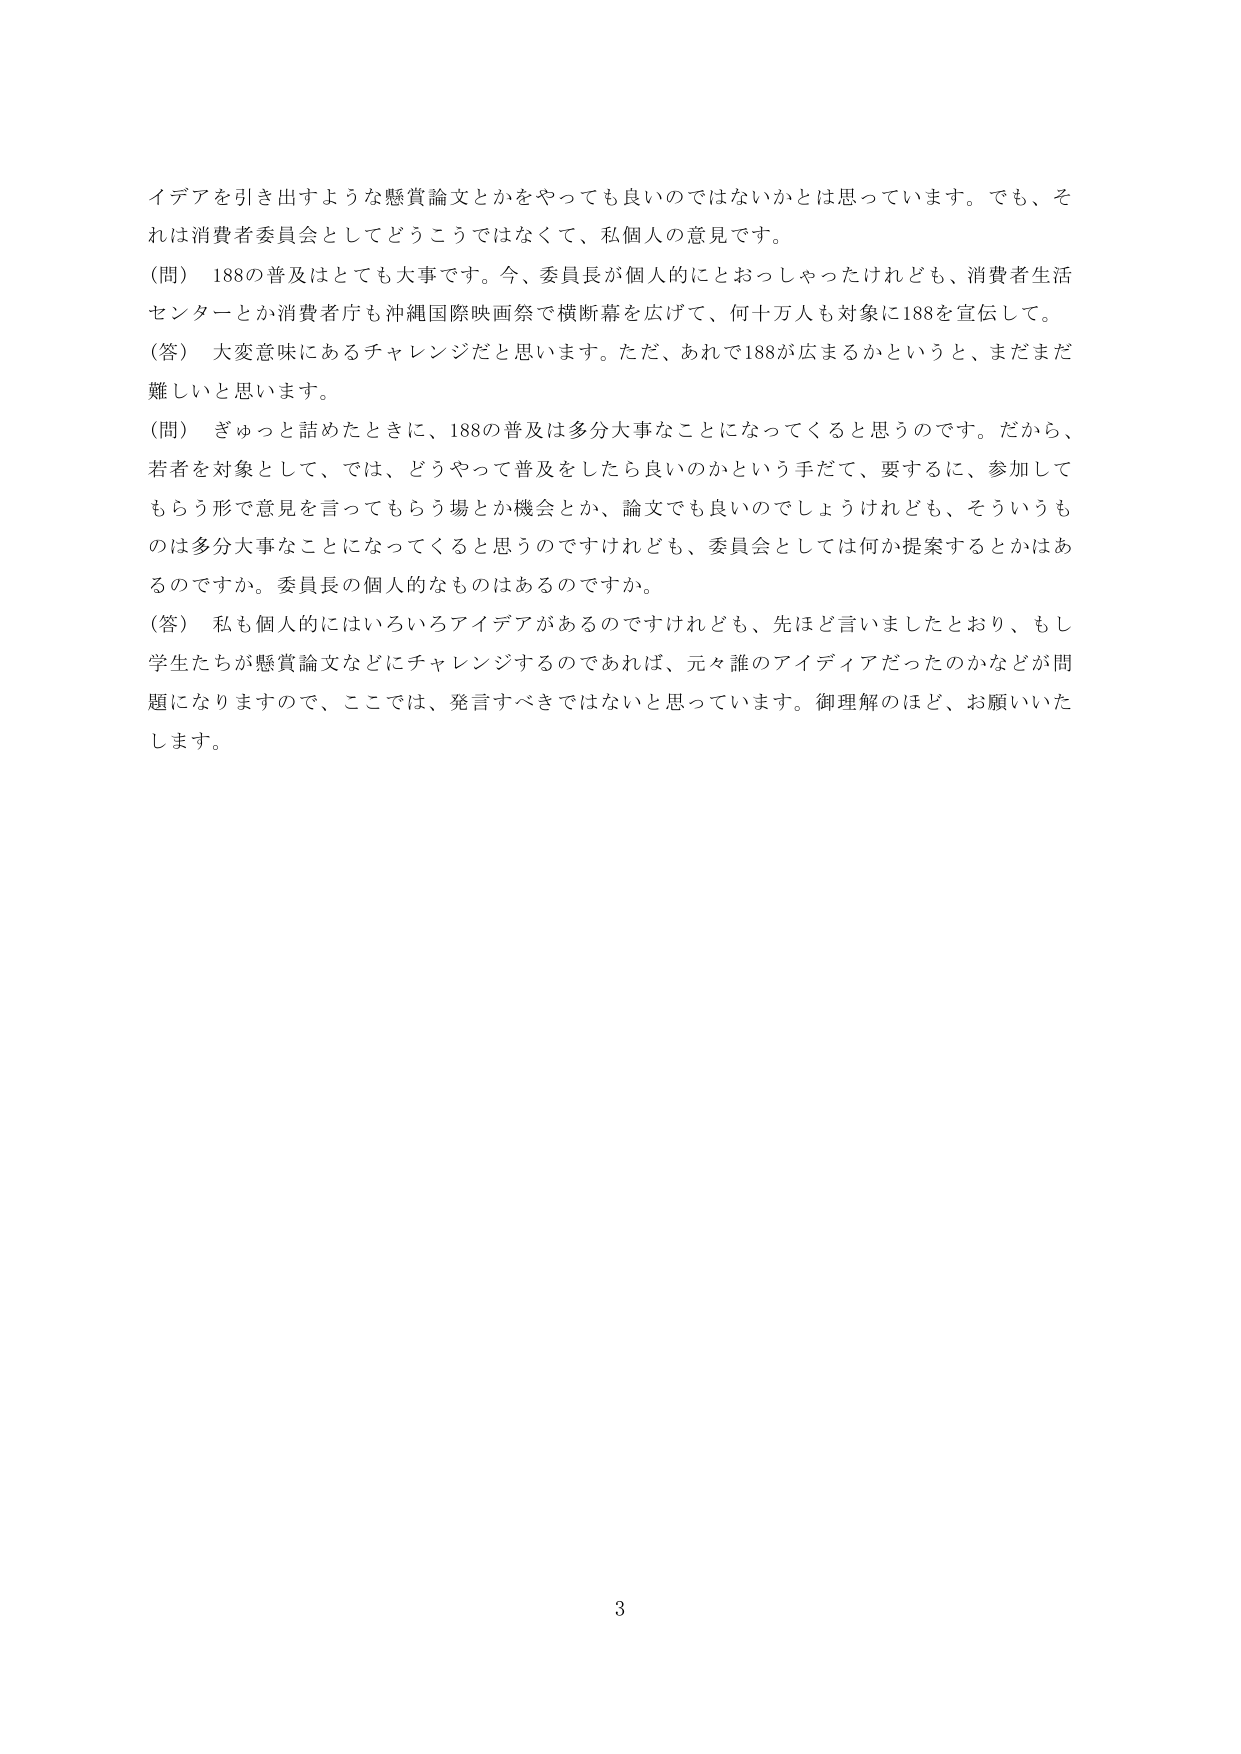
イデアを引き出すような懸賞論文とかをやっても良いのではないかとは思っています。でも、それは消費者委員会としてどうこうではなくて、私個人の意見です。

（問） 188の普及はとても大事です。今、委員長が個人的にとおっしゃったけれども、消費者生活センターとか消費者庁も沖縄国際映画祭で横断幕を広げて、何十万人も対象に188を宣伝して。

（答） 大変意味あるチャレンジだと思います。ただ、あれで188が広まるかというと、まだまだ難しいと思います。

（問） ぎゅっと詰めたときに、188の普及は多分大事なことになってくると思うのです。だから、若者を対象として、では、どうやって普及をしたら良いのかという手だて、要するに、参加してもらう形で意見を言ってもらう場とか機会とか、論文でも良いのでしょうけれども、そういうものは多分大事なことになってくると思うのですけれども、委員会としては何か提案するとかはあるのですか。委員長の個人的なものはあるのですか。

（答） 私も個人的にはいろいろアイデアがあるのですけれども、先ほど言いましたとおり、もし学生たちが懸賞論文などにチャレンジするのであれば、元々誰のアイディアだったのかなどが問題になりますので、ここでは、発言すべきではないと思っています。御理解のほど、お願いいたします。

3